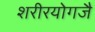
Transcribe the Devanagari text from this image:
शरीरयोगजै